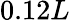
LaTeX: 0.12L